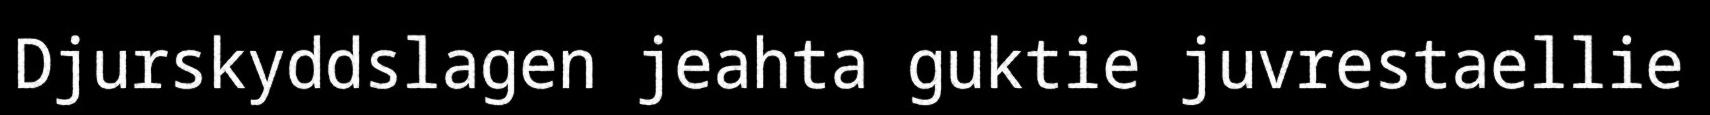
Djurskyddslagen jeahta guktie juvrestaellie